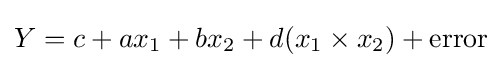
Y=c+ax_{1}+bx_{2}+d(x_{1}\times x_{2})+{\text{error}}